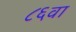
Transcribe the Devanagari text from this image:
८६वा